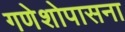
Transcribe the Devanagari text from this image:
गणेशोपासना